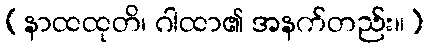
(နာထထုတိ၊ ဂါထာ၏ အနက်တည်း။)